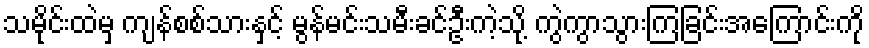
သမိုင်းထဲမှ ကျန်စစ်သားနှင့် မွန်မင်းသမီးခင်ဦးကဲ့သို့ ကွဲကွာသွားကြခြင်းအကြောင်းကို